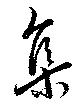
集